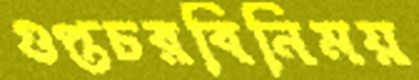
গুপ্তচরবিনিময়